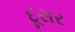
દૂસર